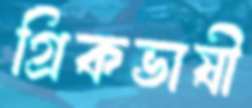
গ্রিকভাষী